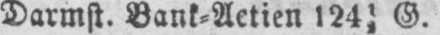
Darmst. Bank⸗Actien 12412 G.